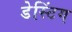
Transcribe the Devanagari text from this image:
डेस्टिंग